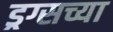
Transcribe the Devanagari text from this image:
ड्रग्सच्या